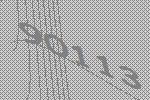
90113